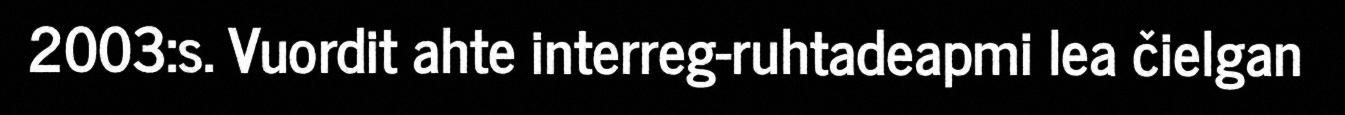
2003:s. Vuordit ahte interreg-ruhtadeapmi lea čielgan